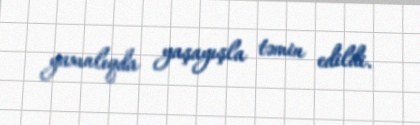
yaxınlıqda yaşayışla təmin edildi.